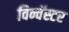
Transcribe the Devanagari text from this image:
विन्चॅस्टर